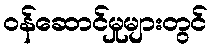
ဝန်ဆောင်မှုများတွင်